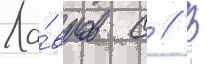
Ла́вров с // В